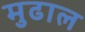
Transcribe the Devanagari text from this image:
मुढाल